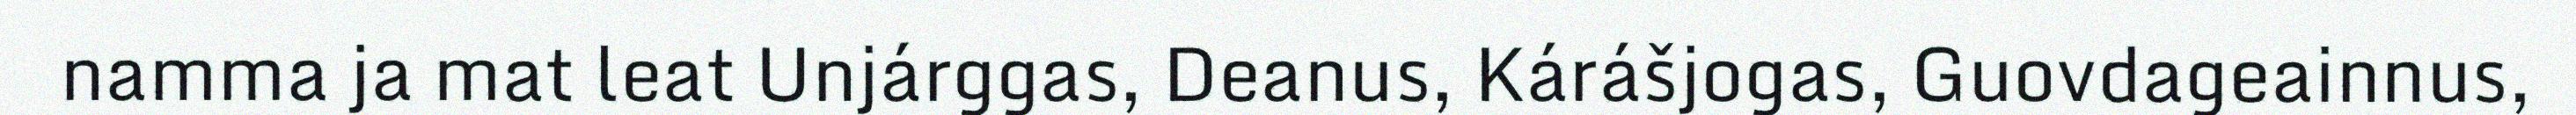
namma ja mat leat Unjárggas, Deanus, Kárášjogas, Guovdageainnus,